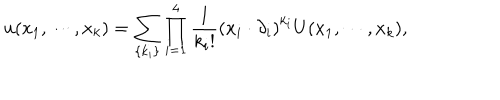
u ( x _ { 1 } , \cdots , x _ { k } ) = \sum _ { \{ k _ { i } \} } \prod _ { i = 1 } ^ { 4 } \frac { 1 } { k _ { i } ! } \left( x _ { i } \cdot \partial _ { i } \right) ^ { k _ { i } } U ( x _ { 1 } , \cdots , x _ { k } ) ,